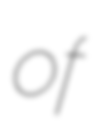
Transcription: of